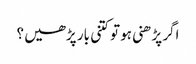
اگر پڑھنی ہو تو کتنی بار پڑھیں ؟